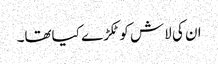
ان کی لاش کو ٹکڑے کیاتھا۔